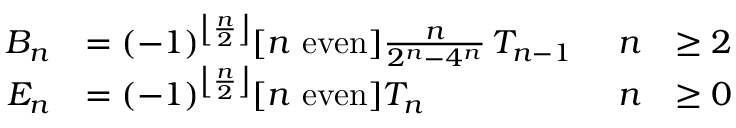
{ \begin{array} { r l r l } { B _ { n } } & { = ( - 1 ) ^ { \left\lfloor { \frac { n } { 2 } } \right\rfloor } [ n { \mathrm { ~ e v e n } } ] { \frac { n } { 2 ^ { n } - 4 ^ { n } } } \, T _ { n - 1 } \ } & { n } & { \geq 2 } \\ { E _ { n } } & { = ( - 1 ) ^ { \left\lfloor { \frac { n } { 2 } } \right\rfloor } [ n { \mathrm { ~ e v e n } } ] T _ { n } } & { n } & { \geq 0 } \end{array} }